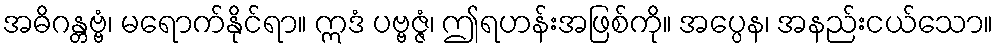
အဓိဂန္တဗ္ဗံ၊ မရောက်နိုင်ရာ။ ဣဒံ ပဗ္ဗဇ္ဇံ၊ ဤရဟန်းအဖြစ်ကို။ အပ္ပေန၊ အနည်းငယ်သော။